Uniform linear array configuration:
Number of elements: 8
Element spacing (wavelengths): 1
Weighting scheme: kaiser
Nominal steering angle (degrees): -15
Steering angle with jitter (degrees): -16.056
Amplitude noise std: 0.05
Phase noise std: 0.05

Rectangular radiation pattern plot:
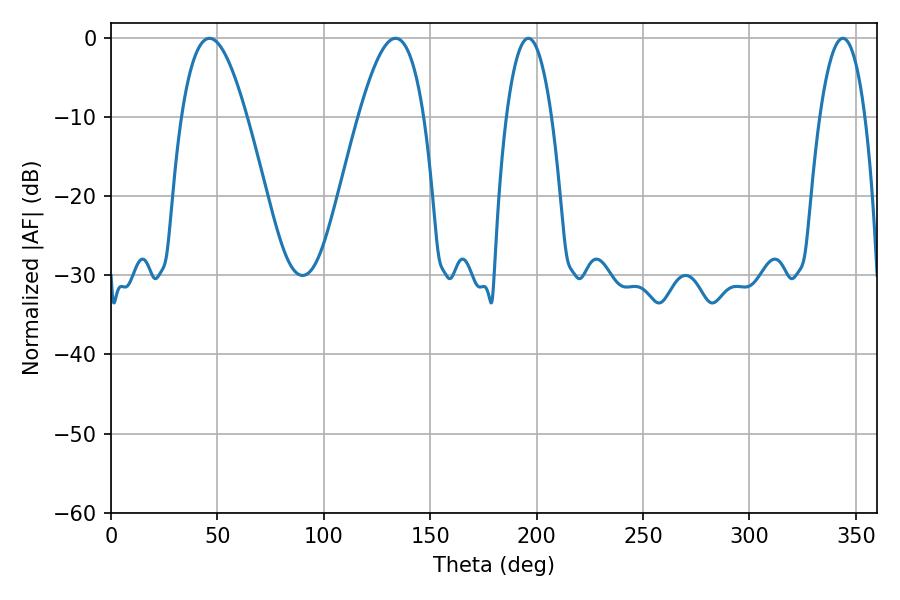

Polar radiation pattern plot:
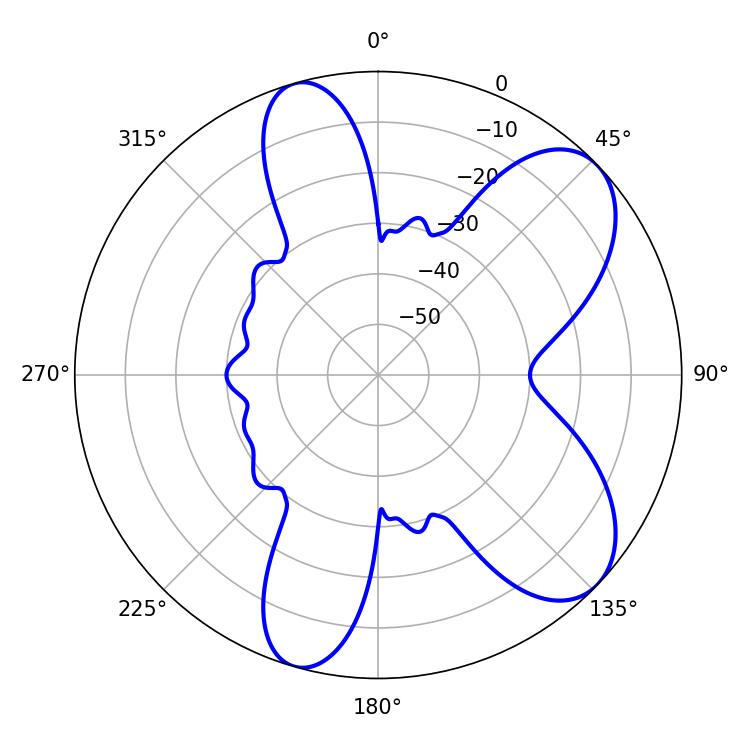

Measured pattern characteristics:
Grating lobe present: TRUE
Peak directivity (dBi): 7.703
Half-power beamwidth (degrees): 16.74
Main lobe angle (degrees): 46.26